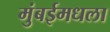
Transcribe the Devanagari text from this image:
मुंबईमधला